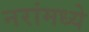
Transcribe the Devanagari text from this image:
नरांमध्ये